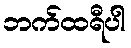
ဘက်ထရီပါ